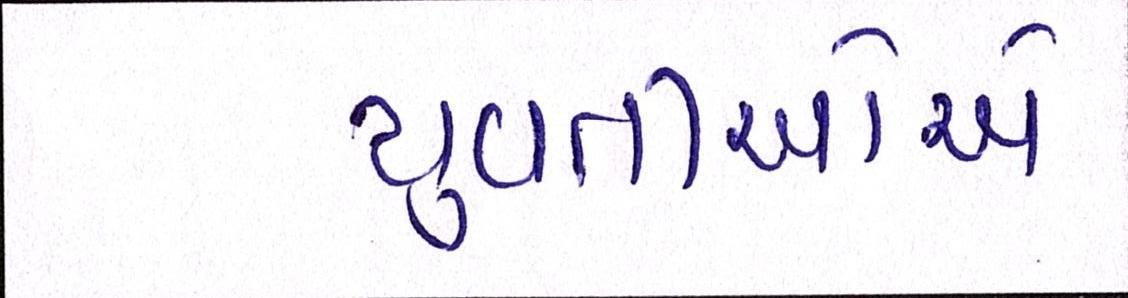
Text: યુવતીઓએ